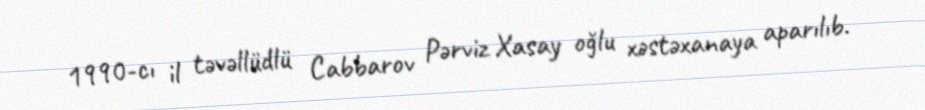
1990-cı il təvəllüdlü Cabbarov Pərviz Xasay oğlu xəstəxanaya aparılıb.